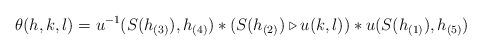
LaTeX: \begin{align*}\theta (h,k,l)= u^{-1} (S(h_{(3)}), h_{(4)}) *(S(h_{(2)})\triangleright u(k,l)) * u(S(h_{(1)}), h_{(5)}) \end{align*}